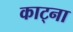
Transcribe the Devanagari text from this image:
काट्ना